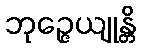
ဘုဉ္ဇေယျုန္တိ